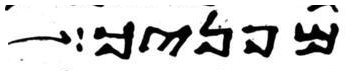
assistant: מפניך